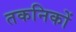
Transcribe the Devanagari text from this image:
तकनिकों